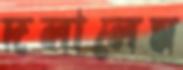
দলালেম